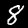
Digit: 8